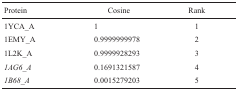
<table><thead><tr><td><b>Protein</b></td><td><b>Cosine</b></td><td><b>Rank</b></td></tr></thead><tbody><tr><td>1YCA_A</td><td>1</td><td>1</td></tr><tr><td>1EMY_A</td><td>0.9999999978</td><td>2</td></tr><tr><td>1L2K_A</td><td>0.9999928293</td><td>3</td></tr><tr><td><i>1AG6_A</i></td><td>0.1691321587</td><td>4</td></tr><tr><td><i>1B68_A</i></td><td>0.0015279203</td><td>5</td></tr></tbody></table>